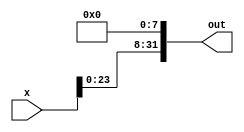
module bit8_left_shifter(x, out);
    input [31:0] x;
    
    output [31:0] out;

    assign out[31:8] = x[23:0];
    assign out[7:0] = 8'b0;
endmodule